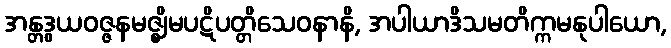
အန္တဒွယဝဇ္ဇနမဇ္ဈိမပဋိပတ္တိသေဝနာနိ, အပါယာဒိသမတိက္ကမနုပါယော,